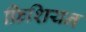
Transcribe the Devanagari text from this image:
फ्रिशियन